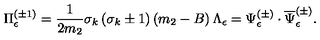
\Pi _ { \epsilon } ^ { ( \pm 1 ) } = \frac 1 { 2 m _ { 2 } } \sigma _ { k } \left( \sigma _ { k } \pm 1 \right) \left( m _ { 2 } - B \right) \Lambda _ { \epsilon } = \Psi _ { \epsilon } ^ { ( \pm ) } \cdot \overline { { \Psi } } _ { \epsilon } ^ { ( \pm ) } .